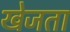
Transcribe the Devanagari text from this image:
खेजता